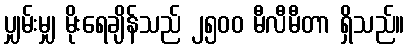
ပျှမ်းမျှ မိုးရေချိန်သည် ၂၅၀၀ မီလီမီတာ ရှိသည်။